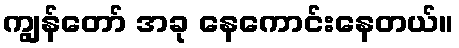
ကျွန်တော် အခု နေကောင်းနေတယ်။